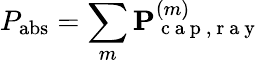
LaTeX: P_{\mathrm{abs}}=\sum_{m}\mathbf{P}_{\mathrm{~c~a~p~,~r~a~y~}}^{(m)}